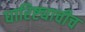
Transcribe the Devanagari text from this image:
धारिष्ट्याचीच